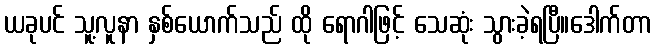
ယခုပင် သူ့လူနာ နှစ်ယောက်သည် ထို ရောဂါဖြင့် သေဆုံး သွားခဲ့ရပြီ။ဒေါက်တာ